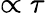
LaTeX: \propto\tau